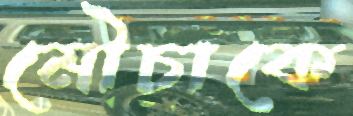
মৌচাকে